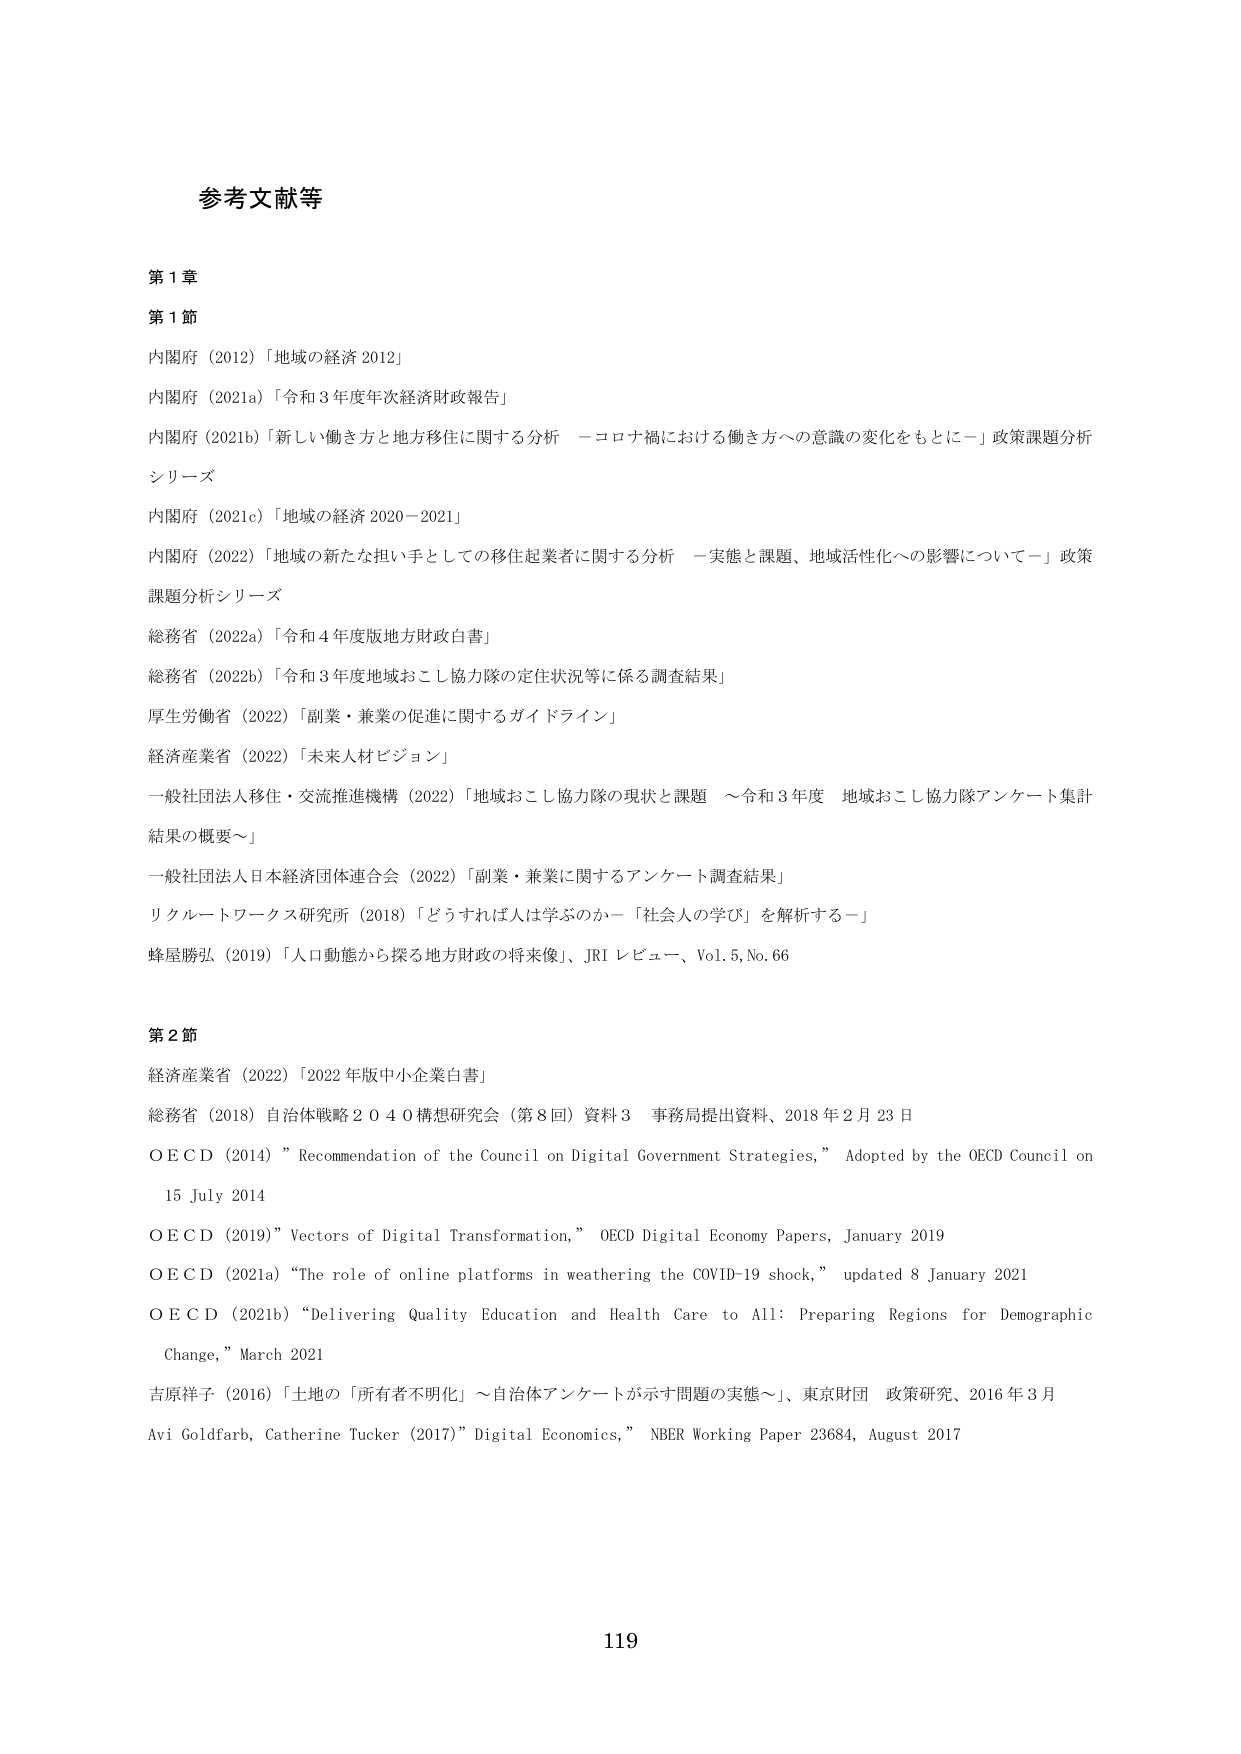
参考文献等

第1章

第1節

内閣府（2012）「地域の経済2012」

内閣府（2021a）「令和3年度年次経済財政報告」

内閣府（2021b）「新しい働き方と地方移住に関する分析　－コロナ禍における働き方への意識の変化をもとに－」政策課題分析シリーズ

内閣府（2021c）「地域の経済2020－2021」

内閣府（2022）「地域の新たな担い手としての移住起業者に関する分析　－実態と課題、地域活性化への影響について－」政策課題分析シリーズ

総務省（2022a）「令和4年度版地方財政白書」

総務省（2022b）「令和3年度地域おこし協力隊の定住状況等に係る調査結果」

厚生労働省（2022）「副業・兼業の促進に関するガイドライン」

経済産業省（2022）「未来人材ビジョン」

一般社団法人移住・交流推進機構（2022）「地域おこし協力隊の現状と課題　～令和3年度　地域おこし協力隊アンケート集計結果の概要～」

一般社団法人日本経済団体連合会（2022）「副業・兼業に関するアンケート調査結果」

リクルートワークス研究所（2018）「どうすれば人は学ぶのか－「社会人の学び」を解析する－」

蜂屋勝弘（2019）「人口動態から探る地方財政の将来像」、JRIレビュー、Vol.5,No.66

第2節

経済産業省（2022）「2022年版中小企業白書」

総務省（2018）自治体戦略2040構想研究会（第8回）資料3　事務局提出資料、2018年2月23日

ＯＥＣＤ（2014）”Recommendation of the Council on Digital Government Strategies,” Adopted by the OECD Council on 15 July 2014

ＯＥＣＤ（2019）”Vectors of Digital Transformation,” OECD Digital Economy Papers, January 2019

ＯＥＣＤ（2021a）“The role of online platforms in weathering the COVID-19 shock,” updated 8 January 2021

ＯＥＣＤ（2021b）“Delivering Quality Education and Health Care to All: Preparing Regions for Demographic Change,” March 2021

吉原祥子（2016）「土地の「所有者不明化」～自治体アンケートが示す問題の実態～」、東京財団　政策研究、2016年3月

Avi Goldfarb, Catherine Tucker（2017）”Digital Economics,” NBER Working Paper 23684, August 2017

119